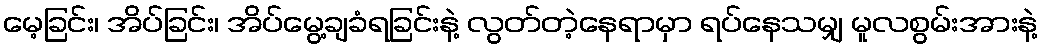
မေ့ခြင်း၊ အိပ်ခြင်း၊ အိပ်မွေ့ချခံရခြင်းနဲ့ လွတ်တဲ့နေရာမှာ ရပ်နေသမျှ မူလစွမ်းအားနဲ့